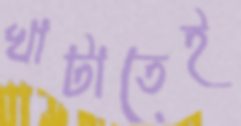
খাটাতেই